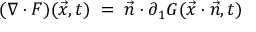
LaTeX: ( \nabla \cdot F ) ( { \vec { x } } , t ) \; = \; { \vec { n } } \cdot \partial _ { 1 } G ( { \vec { x } } \cdot { \vec { n } } , t )